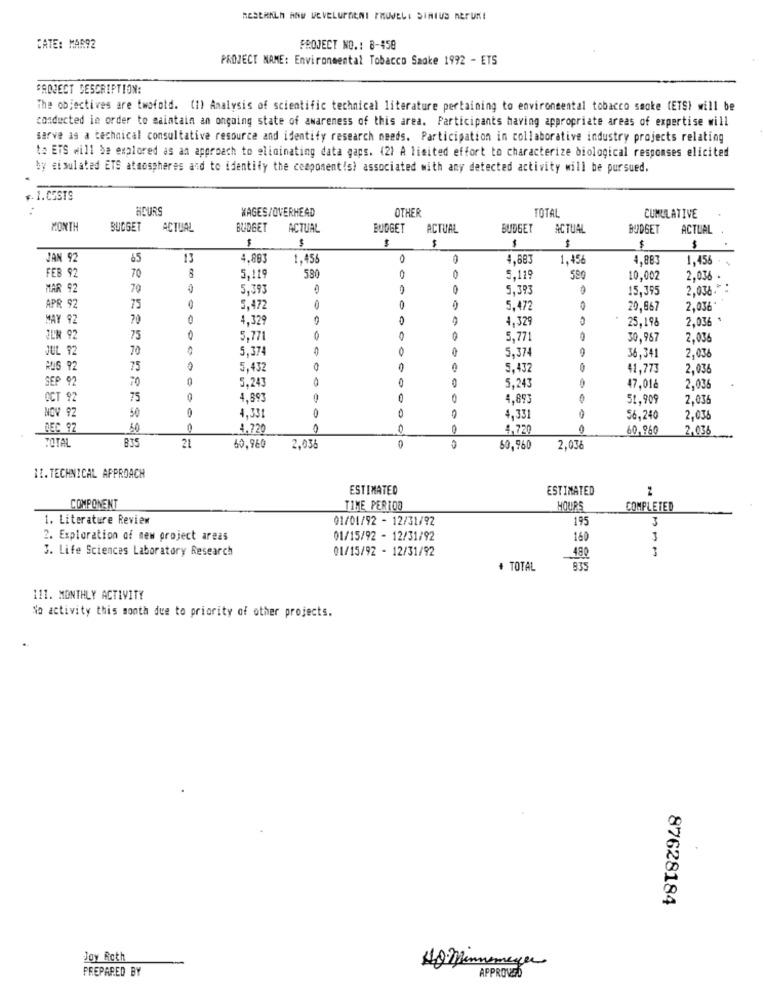
MESERALA ANG DEVELUPARAI PROVELI SIRIUS NEFUME
CATE: MAR92
PROJECT NO .: 8-458
PROJECT NAME: Environmental Tobacco Smoke 1992 - ETS
SADJECT DESCRIPTION:
The objectives are twofold. (1) Analysis of scientific technical literature pertaining to environmental tobacco smoke (ETS) will be
conducted in order to maintain an ongoing state of awareness of this area. Participants having appropriate areas of expertise will
serve as a technical consultative resource and identify research needs. Participation in collaborative industry projects relating
to ETS will be explored as an approach to eliminating data gaps. (2) A limited effort to characterize biological responses elicited
by eisulated ETS atmospheres and to identify the component!s) associated with any detected activity will be pursued.
៛-1.05STS
:
HOURS
WAGES/OVERHEAD
OTHER
TOTAL
CUMULATIVE
MONTH
BUDGET
ACTUAL
BUDGET
ACTUAL
BUDGET
ACTUAL
BUDGET
ACTUAL
BUDGET ACTUAL
$
$
$
$
$
JAN 92
&5
13
4.883
1.455
0
4.883
1,456
4.883
1,456
5.119
580
FEB 92
70
0
5,119
590
10,002
2,036
MAR 92
70
5,393
5.393
15,395
2.038
APR 92
75
5,472
0
5,472
20,867
2,036
MAY 92
70
4,329
0
4,329
.
25.198
2.036
JUN 92
75
5.771
0
5,771
30,967
2.03
JUL 92
70
5,374
0
5,374
36,341
2.03
RUS 92
75
5,432
5.432
41,773
2.03
SEP 92
C
5.243
5,243
47.01à
2,036
OCT 92
75
4,593
4,893
51.909
2,038
50
0
NOV 92
4,33
4,331
56.240
2,038
REC 92
0
4.720
0
4.720
60.960
2.036
TOTAL
BIS
21
60,960
2,036
60,960
2,038
11. TECHNICAL APPROACH
ESTIMATED
ESTIMATED
COMPONENT
TIME PERIOD
HOURS
COMPLETED
1. Literature Review
01/01/92 - 12/31/92
195
3
2. Exploration of new project areas
01/15/92 - 12/31/92
160
3
3. Life Sciences Laboratory Research
01/15/92 - 12/31/92
480
3
+ TOTAL
835
111. MONTHLY ACTIVITY
No activity this month due to priority of other projects.
87628184
Joy Roth
PREPARED BY
HpMenneneger
APPROVED